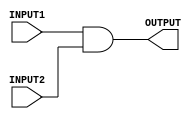
`timescale 1ns / 1ps
//////////////////////////////////////////////////////////////////////////////////
// Company: 
// Engineer: 
// 
// Design Name: 
// Module Name: And_gate
// Project Name: 
// Target Devices: 
// Tool Versions: 
// Description: 
// 
// Dependencies: 
// 
// Revision:
// Revision 0.01 - File Created
// Additional Comments:
// 
//////////////////////////////////////////////////////////////////////////////////


module And_gate(INPUT1, INPUT2, OUTPUT);
    input INPUT1;
	 input INPUT2;
	 output OUTPUT;
	 assign OUTPUT = INPUT1 & INPUT2;

endmodule